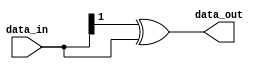
// SPDX-License-Identifier: Apache-2.0
// Copyright (C) 2019 Intel Corporation. All rights reserved
//------------------------------------------------------------------------
//
// Revision:    $Revision: #1 $
//------------------------------------------------------------------------

module cdclib_bintogray
   #(
      parameter WIDTH           = 2 // Data width 
    )
   (
   // Inputs
   input  wire [WIDTH-1:0]  data_in,       // data in
   // Outputs
   output wire  [WIDTH-1:0]  data_out       // data out
   );


assign data_out = (data_in>>1) ^ data_in;

endmodule